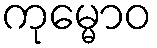
ကုမ္မောဝ